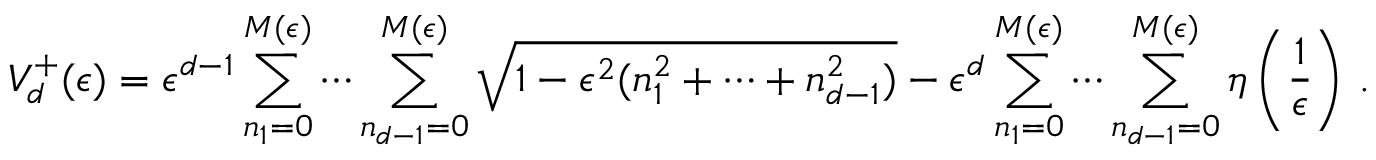
V _ { d } ^ { + } ( \epsilon ) = \epsilon ^ { d - 1 } \sum _ { n _ { 1 } = 0 } ^ { M ( \epsilon ) } \cdots \sum _ { n _ { d - 1 } = 0 } ^ { M ( \epsilon ) } \sqrt { 1 - \epsilon ^ { 2 } ( n _ { 1 } ^ { 2 } + \cdots + n _ { d - 1 } ^ { 2 } ) } - \epsilon ^ { d } \sum _ { n _ { 1 } = 0 } ^ { M ( \epsilon ) } \cdots \sum _ { n _ { d - 1 } = 0 } ^ { M ( \epsilon ) } \eta \left( \frac { 1 } { \epsilon } \right) \, .